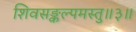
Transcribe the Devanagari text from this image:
शिवसङ्कल्पमस्तु॥३॥